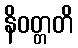
နိဝတ္တတိ